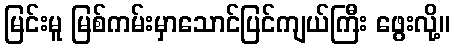
မြင်းမူ မြစ်ကမ်းမှာသောင်ပြင်ကျယ်ကြီး ဖွေးလို့။